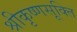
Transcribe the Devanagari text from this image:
श्रीकृष्णसूक्ति